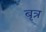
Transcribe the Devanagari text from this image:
बृत्र